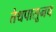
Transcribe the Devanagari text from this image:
तेथपासूनच